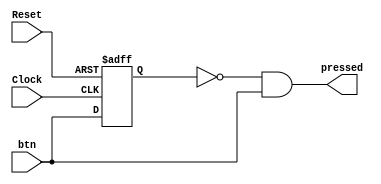
`default_nettype none
module Input_diff(
	input Clock,
	input Reset,
   input btn,
   output pressed
   );

   reg old;

   assign pressed = ~old && btn;

   always @(posedge Clock, negedge Reset)
      if (~Reset)
         old <= 1'b0;
      else
         old <= btn;

endmodule